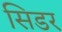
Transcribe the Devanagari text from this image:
सिडर